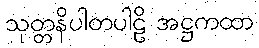
သုတ္တနိပါတပါဠိ အဋ္ဌကထာ